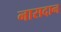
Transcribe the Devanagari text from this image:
नासदान